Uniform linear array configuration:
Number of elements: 4
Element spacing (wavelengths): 0.75
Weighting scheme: cosine
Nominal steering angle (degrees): -45
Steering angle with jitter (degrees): -45.694
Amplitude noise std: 0.05
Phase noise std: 0.05

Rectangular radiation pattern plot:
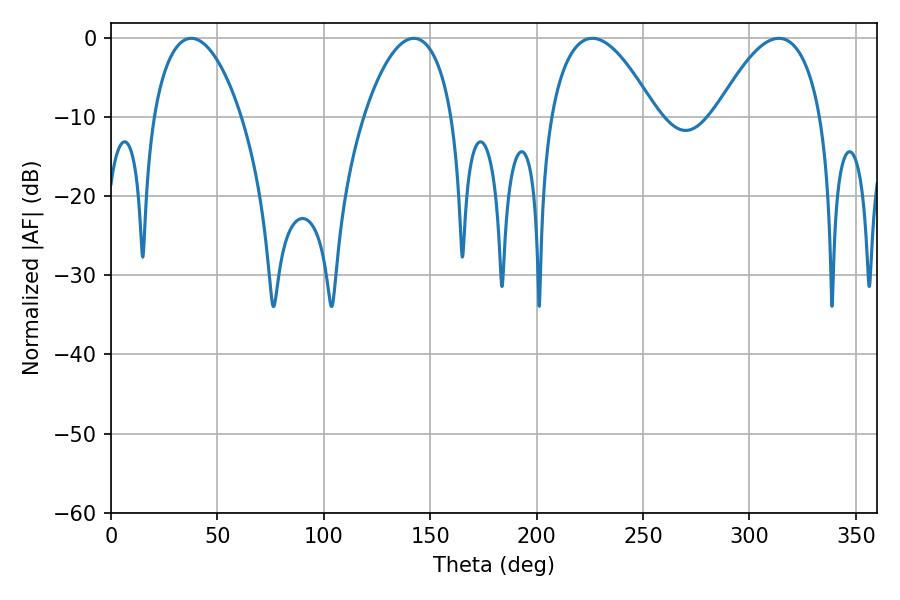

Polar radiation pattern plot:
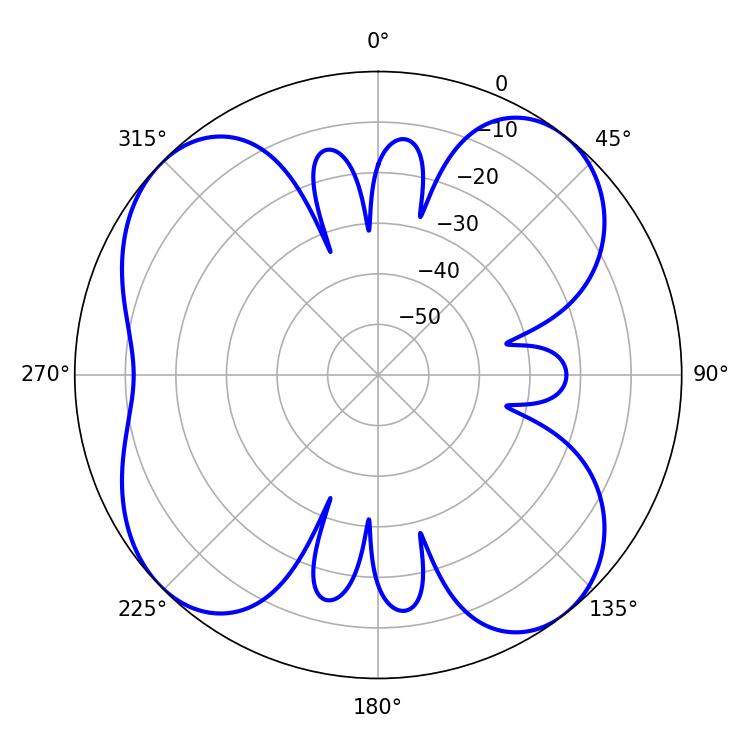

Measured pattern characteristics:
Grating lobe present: TRUE
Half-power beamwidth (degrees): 27.18
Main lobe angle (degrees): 226.26